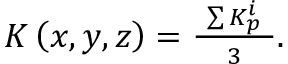
\begin{array} { r } { K \left( x , y , z \right) = \frac { ~ \sum K _ { p } ^ { i } ~ } { ~ 3 ~ } . } \end{array}